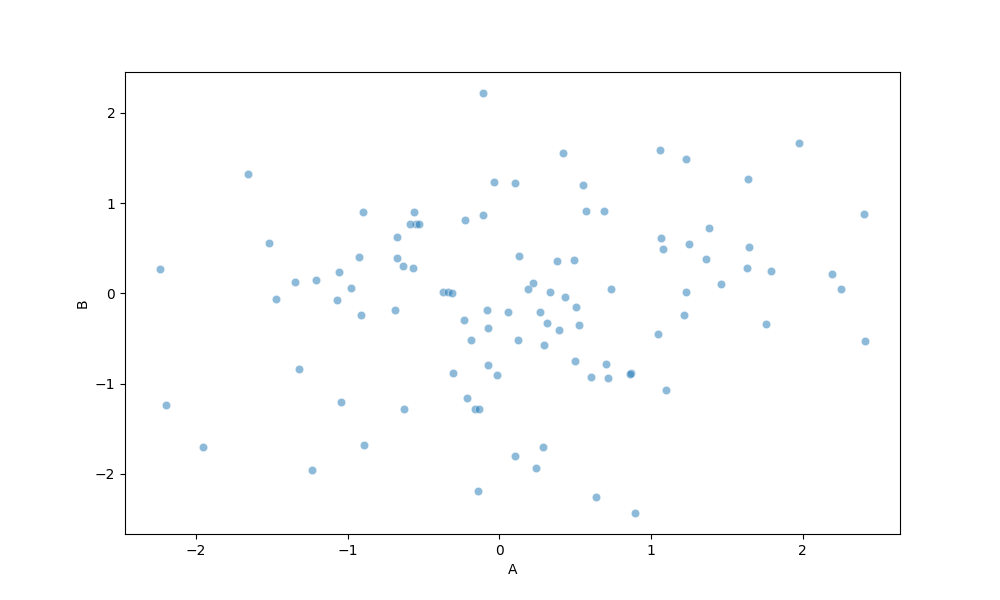
python, seaborn, scatterplot, hue='None', style='None', size='None', palette='deep', alpha=0.5